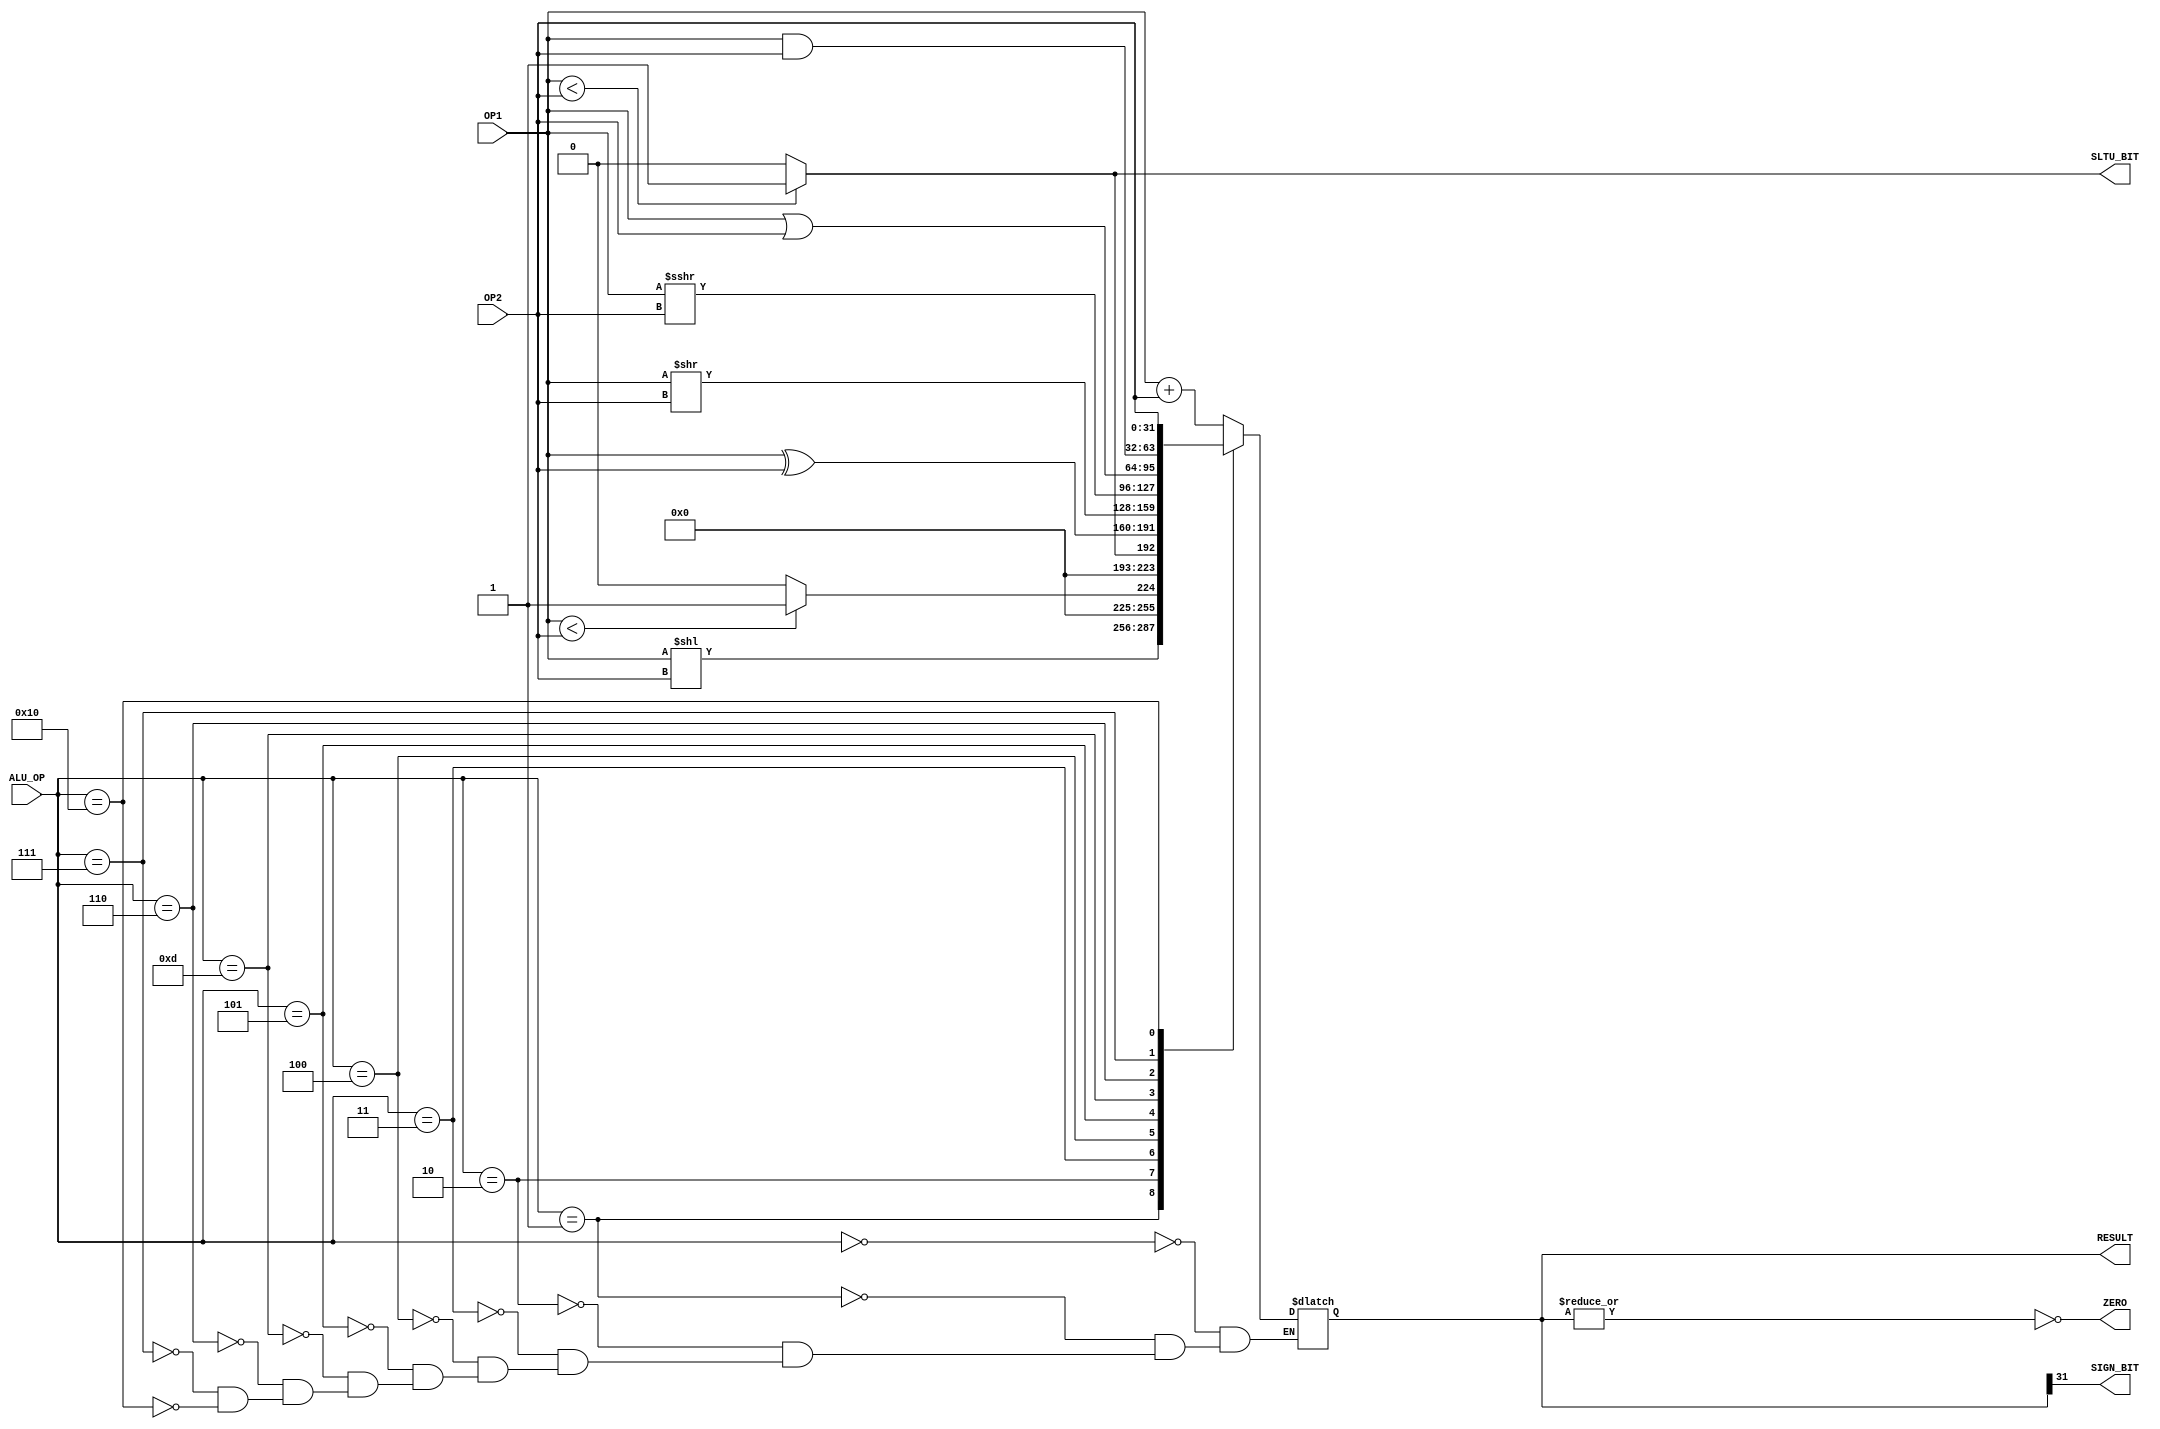
module alu_int(
    // inputs
    OP1,
    OP2,
    ALU_OP,
    // outputs
    RESULT,
    ZERO,
    SIGN_BIT,
    SLTU_BIT
);

    // inputs
    input [31:0] OP1, OP2; // Data inputs of the alu
    input [4:0] ALU_OP; // ALU_OP the appropriate operation 
    // outputs
    output reg [31:0] RESULT;
    output ZERO, SIGN_BIT,SLTU_BIT;

    wire[31:0] ADD, AND, OR, XOR, SLL, SRL, SRA, SLT, SLTU, FORWARD;
	
    assign #1 FORWARD = OP2;
	assign #2 ADD = OP1 + OP2;
	assign #1 AND = OP1 & OP2;
	assign #1 OR = OP1 | OP2;
	assign #1 XOR = OP1 ^ OP2;
	assign #2 SLL = OP1 << OP2; //  shift left logical
	assign #2 SRL = OP1 >> OP2; // shift right logical						  
    assign #2 SRA = OP1 >>> OP2; // shift right arithmetic
	assign #2 SLT = ($signed(OP1) < $signed(OP2)) ? 32'd1 : 32'd0; 
	assign #2 SLTU = ($unsigned(OP1) < $unsigned(OP2)) ? 32'd1 : 32'd0;

    //always block
	always @ (*)
	begin
		case(ALU_OP)
			5'd0 : 
        	begin						
				RESULT <= ADD;
			end
			5'd1 : 
        	begin			
          		RESULT <= SLL;
        	end
			5'd2 : 
       		begin
				RESULT <= SLT;
			end
			5'd3 : 
        	begin
				RESULT <= SLTU;
			end
      		5'd4 : 
        	begin
				RESULT <= XOR;
			end
      		5'd5 : 
        	begin
              	RESULT <= SRL;
			end
			5'd13 : 
        	begin      
            	RESULT <= SRA;
			end
			5'd6 :
        	begin
				RESULT <= OR;
			end
			5'd7 :
        	begin      
              	RESULT <= AND;
			end
			5'd16 :
			begin
				RESULT <= FORWARD;
			end
			
		endcase
    end

    assign ZERO = ~(|RESULT); // zero flag set when data 1 and data 2 is equal(Z flag)
    assign SIGN_BIT = RESULT[31]; // sign bit  (G flag)
    assign SLTU_BIT = SLTU[0];	// Generate altu bit

endmodule